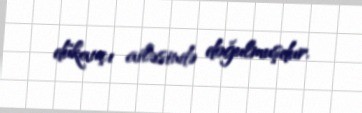
dükançı ailəsində doğulmuşdur.